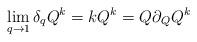
LaTeX: \begin{align*} \lim_{q \to 1} \delta_q Q^k = k Q^k = Q \partial_Q Q^k\end{align*}